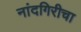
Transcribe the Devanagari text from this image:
नांदगिरीचा